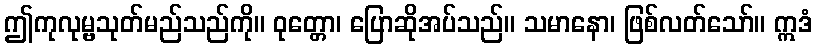
ဤကုလုမ္ဗသုတ်မည်သည်ကို။ ဝုတ္တော၊ ပြောဆိုအပ်သည်။ သမာနော၊ ဖြစ်လတ်သော်။ ဣဒံ